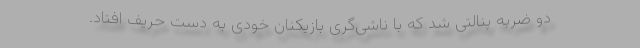
دو ضربه پنالتی شد که با ناشی‌گری بازیکنان خودی به دست حریف افتاد.